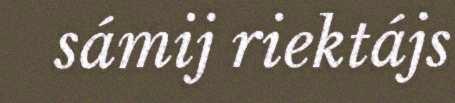
sámij riektájs